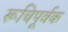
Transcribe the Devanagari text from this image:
रूचिपूर्वक